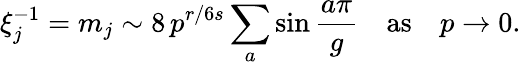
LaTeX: \xi_{j}^{-1}=m_{j}\sim 8\, p^{r/6s}\sum_{a}\sin\frac{a\pi}{g}\quad\mathrm{as}\quad p\to 0.